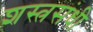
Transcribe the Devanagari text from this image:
शस्त्रसंधी